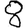
Digit: 8